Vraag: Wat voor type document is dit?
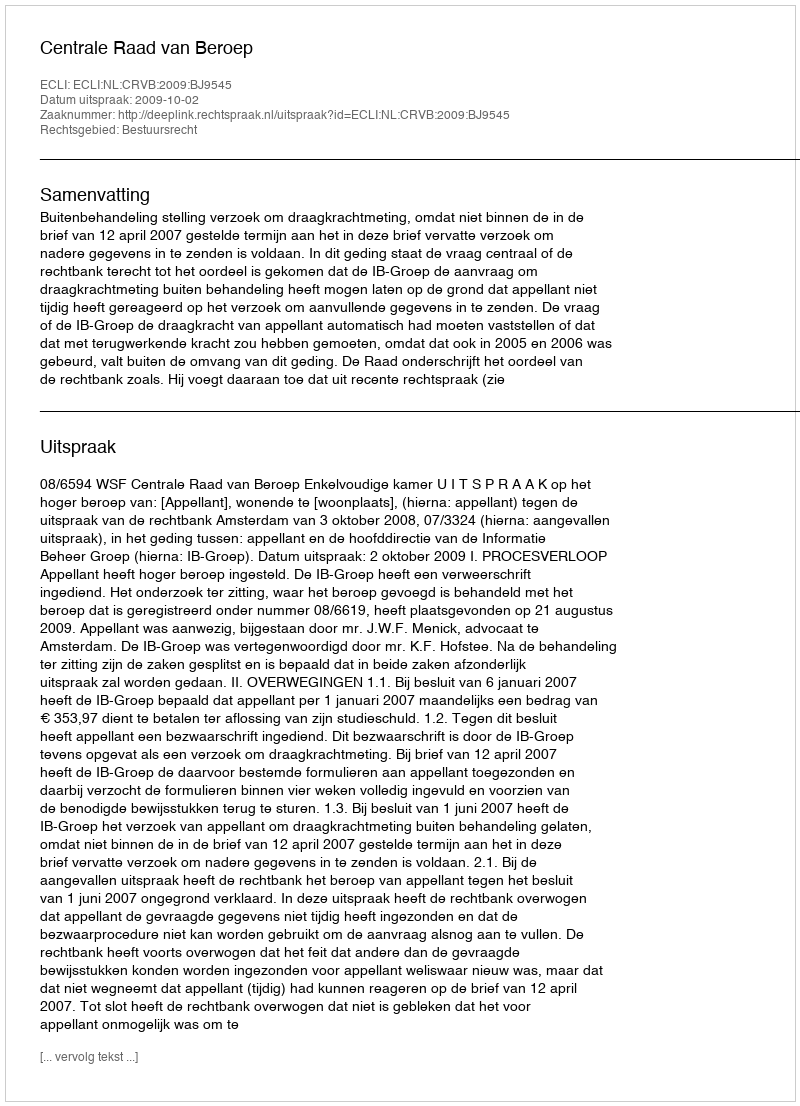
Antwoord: Uitspraak